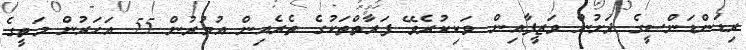
ރިޑަންޑަންސީގެ ދަށުން ވަޒީފާއިން ވަކިކުރެވޭ ފަރާތްތަކުގެ ތެރެއިން އުމުރުން 55 އަހަރުން މަތީގެ